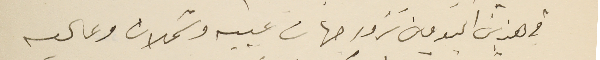
في هذين اليومين نزور جهات عبيه وشملان وعاليه